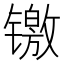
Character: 𬭻